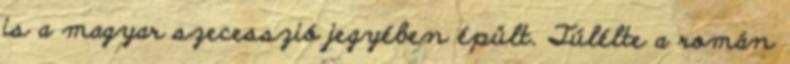
is a magyar szecesszió jegyében épült. Túlélte a román